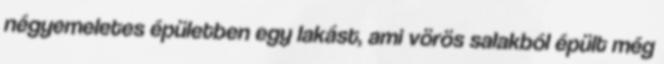
négyemeletes épületben egy lakást, ami vörös salakból épült még